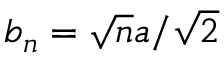
b _ { n } = \sqrt { n } a / \sqrt { 2 }